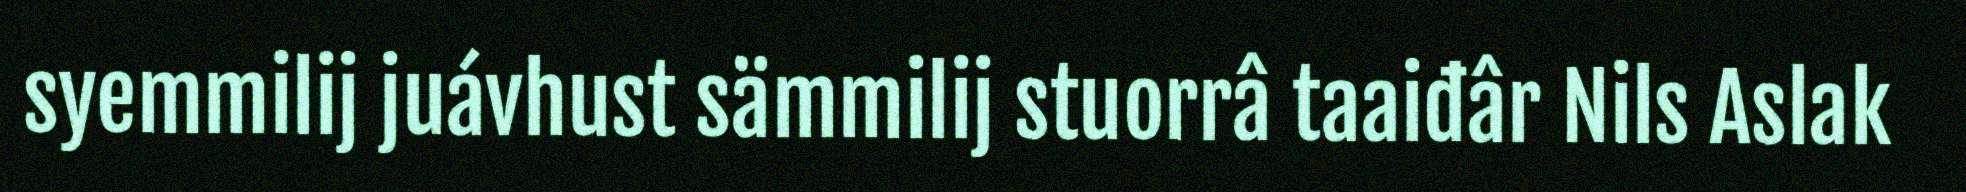
syemmilij juávhust sämmilij stuorrâ taaiđâr Nils Aslak